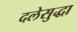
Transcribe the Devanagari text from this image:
दलेसुद्धा